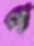
প